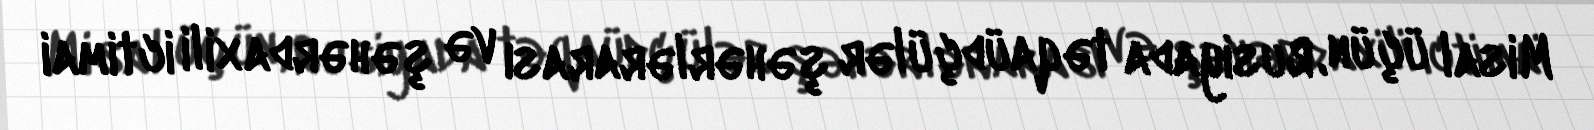
Misal üçün, Rusiyada təqaüdçülər şəhərlərarası və şəhərdaxili ictimai